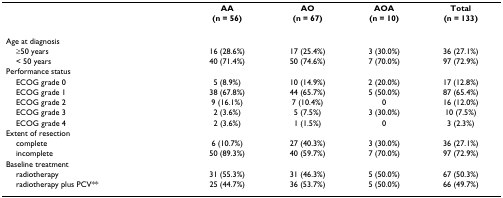
|  | AA | AO | AOA | Total |
 |  | (n = 56) | (n = 67) | (n = 10) | (n = 133) |
 | --- | --- | --- | --- | --- |
 | Age at diagnosis |  |  |  |  |
 | ≥50 years | 16 (28.6%) | 17 (25.4%) | 3 (30.0%) | 36 (27.1%) |
 | < 50 years | 40 (71.4%) | 50 (74.6%) | 7 (70.0%) | 97 (72.9%) |
 | Performance status |  |  |  |  |
 | ECOG grade 0 | 5 (8.9%) | 10 (14.9%) | 2 (20.0%) | 17 (12.8%) |
 | ECOG grade 1 | 38 (67.8%) | 44 (65.7%) | 5 (50.0%) | 87 (65.4%) |
 | ECOG grade 2 | 9 (16.1%) | 7 (10.4%) | 0 | 16 (12.0%) |
 | ECOG grade 3 | 2 (3.6%) | 5 (7.5%) | 3 (30.0%) | 10 (7.5%) |
 | ECOG grade 4 | 2 (3.6%) | 1 (1.5%) | 0 | 3 (2.3%) |
 | Extent of resection |  |  |  |  |
 | complete | 6 (10.7%) | 27 (40.3%) | 3 (30.0%) | 36 (27.1%) |
 | incomplete | 50 (89.3%) | 40 (59.7%) | 7 (70.0%) | 97 (72.9%) |
 | Baseline treatment |  |  |  |  |
 | radiotherapy | 31 (55.3%) | 31 (46.3%) | 5 (50.0%) | 67 (50.3%) |
 | radiotherapy plus PCV** | 25 (44.7%) | 36 (53.7%) | 5 (50.0%) | 66 (49.7%) |